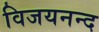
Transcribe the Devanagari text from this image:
विजयनन्द